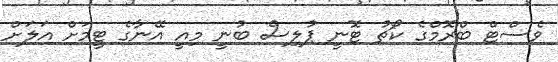
ވެސްޓް ބްރޮމްގެ ކޯޗު ޓޮނީ ޕުލިސް ބުނީ މިއީ އޭނާގެ ޓީމަށް އަލަށް